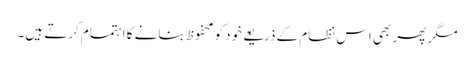
مگر پھر بھی اس نظام کے ذریعے خود کو محفوظ بنانے کا اہتمام کرتے ہیں۔